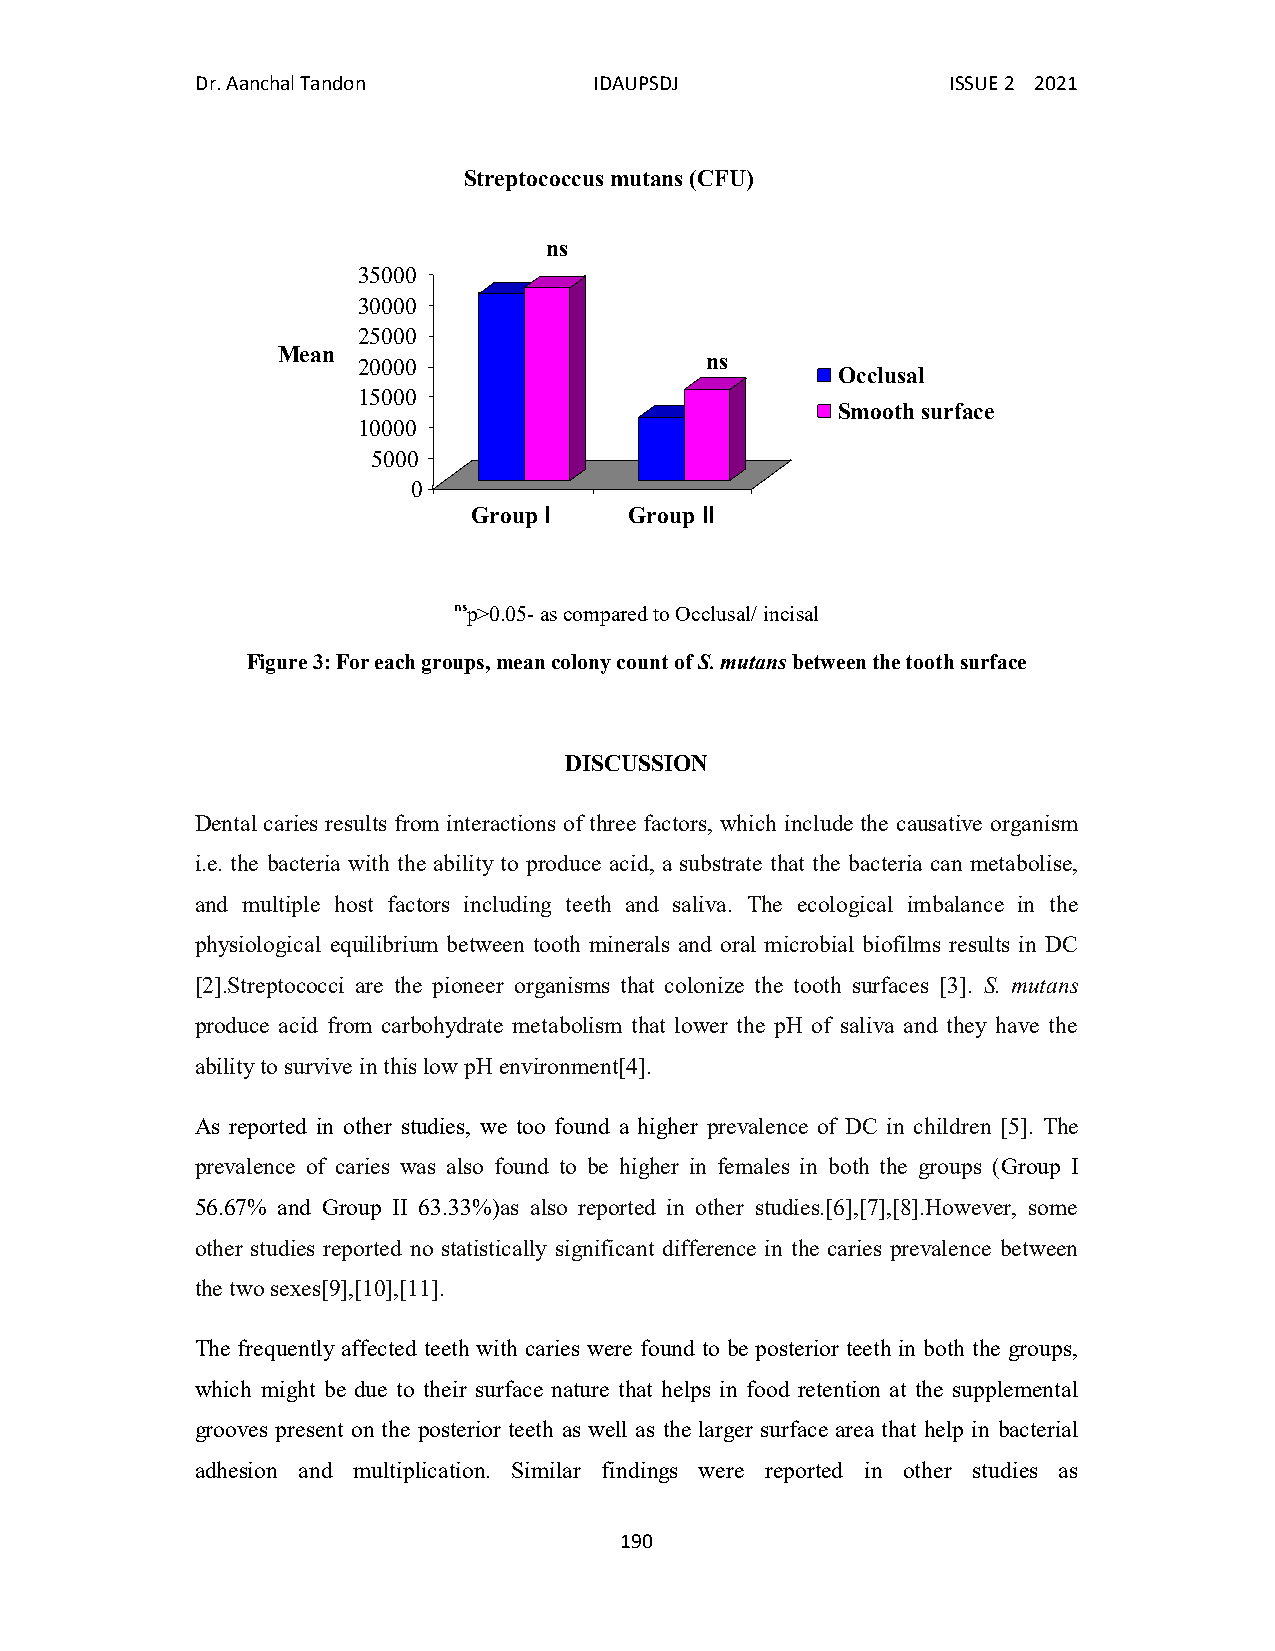
Dr. Aanchal Tandon        IDAUPSDJ                ISSUE 2 2021
 Streptococcus mutans (CFU)
 ns
 35000
 30000
 25000
 Mean                         ns
 20000
 Occlusal
 15000
 Smooth surface
 10000
 5000
 0
 Group I    Group II
 nsp>0.05- as compared to Occlusal/ incisal
 Figure 3: For each groups, mean colony count of S. mutans between the tooth surface
 DISCUSSION
 Dental caries results from interactions of three factors, which include the causative organism
 i.e. the bacteria with the ability to produce acid, a substrate that the bacteria can metabolise,
 and multiple host factors including teeth and saliva. The ecological imbalance in the
 physiological equilibrium between tooth minerals and oral microbial biofilms results in DC
 [2].Streptococci are the pioneer organisms that colonize the tooth surfaces [3]. S. mutans
 produce acid from carbohydrate metabolism that lower the pH of saliva and they have the
 ability to survive in this low pH environment[4].
 As reported in other studies, we too found a higher prevalence of DC in children [5]. The
 prevalence of caries was also found to be higher in females in both the groups (Group I
 56.67% and Group II 63.33%)as also reported in other studies.[6],[7],[8].However, some
 other studies reported no statistically significant difference in the caries prevalence between
 the two sexes[9],[10],[11].
 The frequently affected teeth with caries were found to be posterior teeth in both the groups,
 which might be due to their surface nature that helps in food retention at the supplemental
 grooves present on the posterior teeth as well as the larger surface area that help in bacterial
 adhesion and multiplication. Similar findings were reported in other studies as
 190